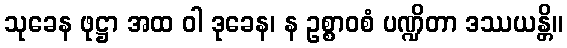
သုခေန ဖုဋ္ဌာ အထ ဝါ ဒုခေန၊ န ဥစ္စာဝစံ ပဏ္ဍိတာ ဒဿယန္တိ။